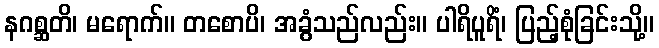
နဂစ္ဆတိ၊ မရောက်။ တစောပိ၊ အခွံသည်လည်း။ ပါရိပူရိံ၊ ပြည့်စုံခြင်းသို့။